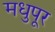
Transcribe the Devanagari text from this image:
मधुपूर